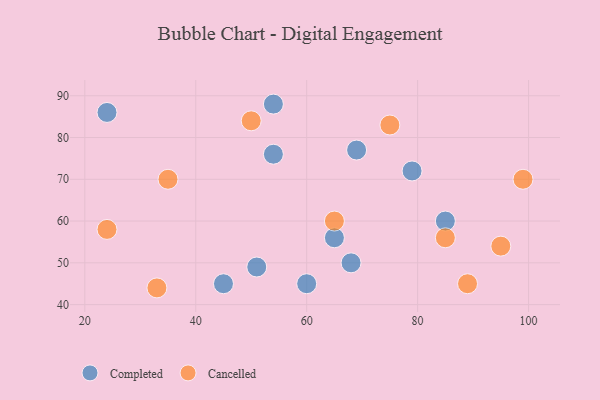
{"axis": {"x": "GDP", "y": "Life Expectancy"}, "legend": ["Cancelled", "Completed"], "data": [{"x": "51", "y": 49, "type": "Completed"}, {"x": "60", "y": 45, "type": "Completed"}, {"x": "54", "y": 76, "type": "Completed"}, {"x": "79", "y": 72, "type": "Completed"}, {"x": "69", "y": 77, "type": "Completed"}, {"x": "24", "y": 86, "type": "Completed"}, {"x": "85", "y": 60, "type": "Completed"}, {"x": "45", "y": 45, "type": "Completed"}, {"x": "54", "y": 88, "type": "Completed"}, {"x": "68", "y": 50, "type": "Completed"}, {"x": "65", "y": 56, "type": "Completed"}, {"x": "50", "y": 84, "type": "Cancelled"}, {"x": "33", "y": 44, "type": "Cancelled"}, {"x": "99", "y": 70, "type": "Cancelled"}, {"x": "85", "y": 56, "type": "Cancelled"}, {"x": "75", "y": 83, "type": "Cancelled"}, {"x": "24", "y": 58, "type": "Cancelled"}, {"x": "65", "y": 60, "type": "Cancelled"}, {"x": "89", "y": 45, "type": "Cancelled"}, {"x": "95", "y": 54, "type": "Cancelled"}, {"x": "35", "y": 70, "type": "Cancelled"}]}